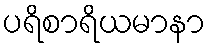
ပရိစာရိယမာနာ